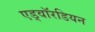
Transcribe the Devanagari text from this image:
एड्वॉरडियन